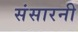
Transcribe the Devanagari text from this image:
संसारनी